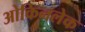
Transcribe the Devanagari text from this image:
ओकिनलेक